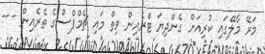
މަރޭ މާލޭގައި ކުރިއަށް ގެންދިޔަ ޓްރެއިން ވިތް މައި ޗެމްޕްސްގެ ތެރެއިން ---